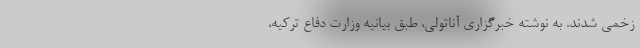
زخمی شدند. به نوشته خبرگزاری آناتولی، طبق بیانیه وزارت دفاع ترکیه،